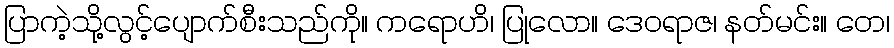
ပြာကဲ့သို့လွင့်ပျောက်စီးသည်ကို။ ကရောဟိ၊ ပြုလော။ ဒေဝရာဇ၊ နတ်မင်း။ တေ၊